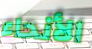
الأنحاء